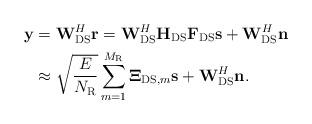
LaTeX: \begin{align*} \begin{aligned}{\bf{ y}} &= {\bf{W}}_{{\rm{DS}}}^H{\bf{r}} = {\bf{W}}_{{\rm{DS}}}^H{{\bf{H}}_{{\rm{DS}}}}{{\bf{F}}_{{\rm{DS}}}}{\bf{s}} + {\bf{W}}_{{\rm{DS}}}^H{\bf{n}}\\ &\approx \sqrt {\frac{E}{{{N_{\rm{R}}}}}} \sum\limits_{m = 1}^{{M_{\rm{R}}}} {{{\bf{\Xi}}_{{\rm{DS}},m}}} {\bf{s}} + {\bf{W}}_{{\rm{DS}}}^H{\bf{n}}.\end{aligned}\end{align*}